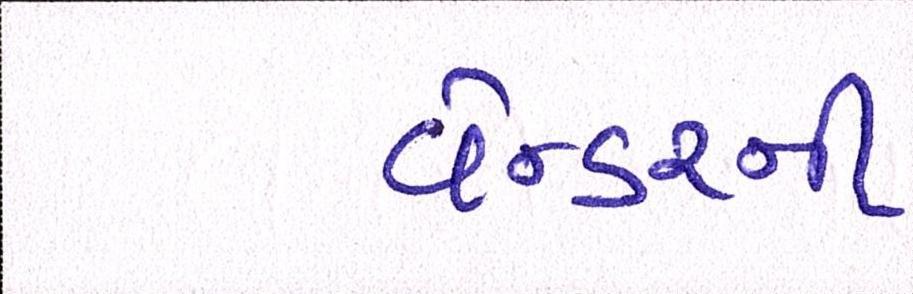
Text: વેન્ડરની